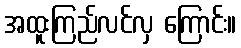
အထူးကြည်လင်လှ ကြောင်း။